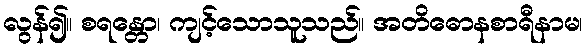
လွန်၍။ စရန္တော၊ ကျင့်သောသူသည်။ အတိဓောနစာရီနာမ၊